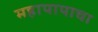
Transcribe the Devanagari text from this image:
महापापाचा